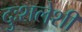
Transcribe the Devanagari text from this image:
दुःशलेशी